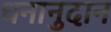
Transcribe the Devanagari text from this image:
धनानुदान